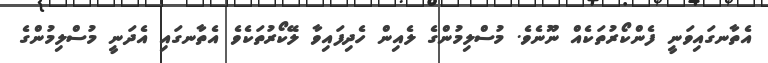
އެތާނގައިވަނީ ފެންކޯރުތަކެއް ނޫނެވެ. މުސްލިމުންގެ ލެއިން ހެދިފައިވާ ލޭކޯރުތަކެވެ އެތާނގައި އެދަނީ މުސްލިމުންގެ